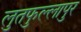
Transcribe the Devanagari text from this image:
लुतफुल्लापुर